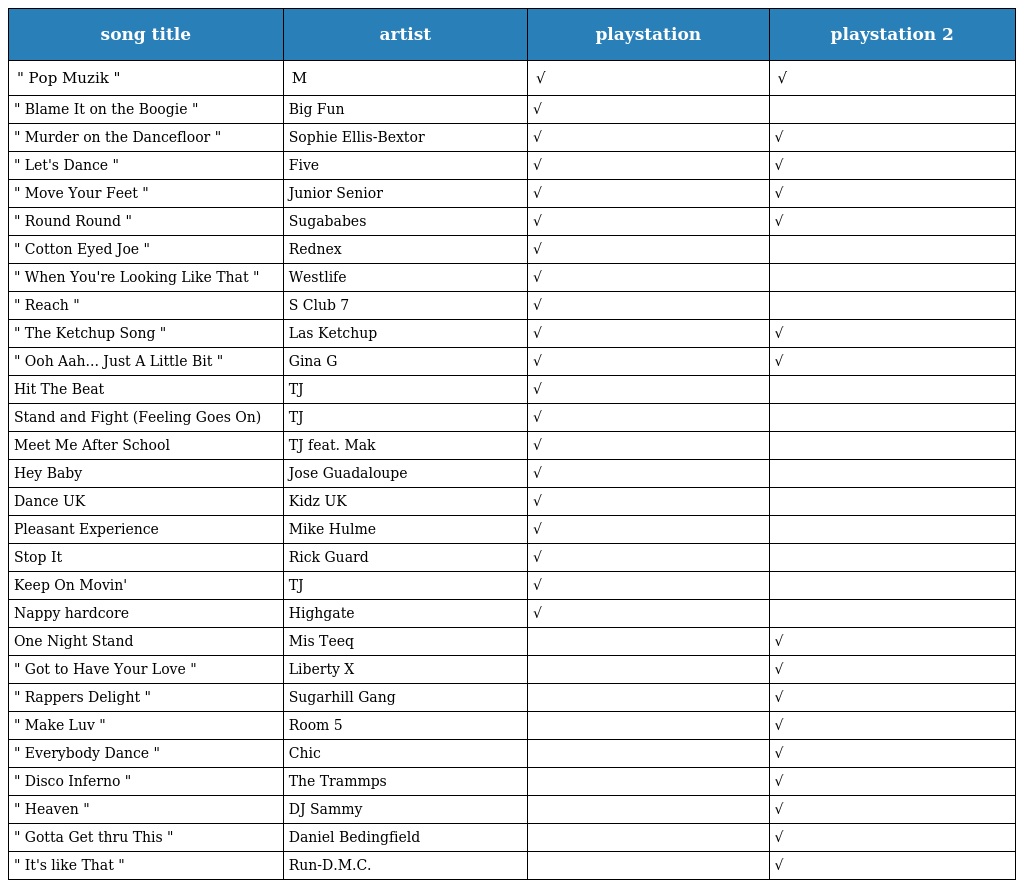
| song title | artist | playstation | playstation 2 |
 | --- | --- | --- | --- |
 | " Pop Muzik " | M | √ | √ |
 | " Blame It on the Boogie " | Big Fun | √ |  |
 | " Murder on the Dancefloor " | Sophie Ellis-Bextor | √ | √ |
 | " Let's Dance " | Five | √ | √ |
 | " Move Your Feet " | Junior Senior | √ | √ |
 | " Round Round " | Sugababes | √ | √ |
 | " Cotton Eyed Joe " | Rednex | √ |  |
 | " When You're Looking Like That " | Westlife | √ |  |
 | " Reach " | S Club 7 | √ |  |
 | " The Ketchup Song " | Las Ketchup | √ | √ |
 | " Ooh Aah... Just A Little Bit " | Gina G | √ | √ |
 | Hit The Beat | TJ | √ |  |
 | Stand and Fight (Feeling Goes On) | TJ | √ |  |
 | Meet Me After School | TJ feat. Mak | √ |  |
 | Hey Baby | Jose Guadaloupe | √ |  |
 | Dance UK | Kidz UK | √ |  |
 | Pleasant Experience | Mike Hulme | √ |  |
 | Stop It | Rick Guard | √ |  |
 | Keep On Movin' | TJ | √ |  |
 | Nappy hardcore | Highgate | √ |  |
 | One Night Stand | Mis Teeq |  | √ |
 | " Got to Have Your Love " | Liberty X |  | √ |
 | " Rappers Delight " | Sugarhill Gang |  | √ |
 | " Make Luv " | Room 5 |  | √ |
 | " Everybody Dance " | Chic |  | √ |
 | " Disco Inferno " | The Trammps |  | √ |
 | " Heaven " | DJ Sammy |  | √ |
 | " Gotta Get thru This " | Daniel Bedingfield |  | √ |
 | " It's like That " | Run-D.M.C. |  | √ |